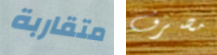
متقاربة مصرف